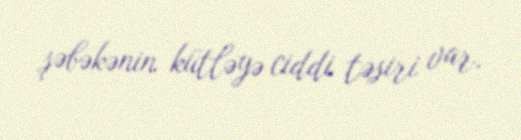
şəbəkənin kütləyə ciddi təsiri var.